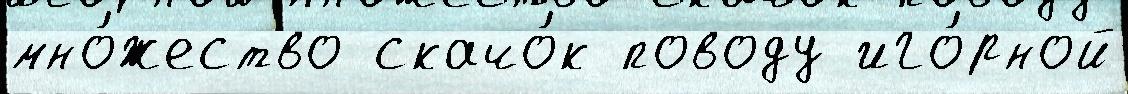
мно́жество скачо́к поводу иго́рной